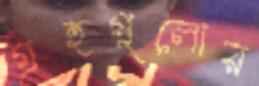
গ্রহগুলোর